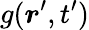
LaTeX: g(\boldsymbol{r}^{\prime},t^{\prime})